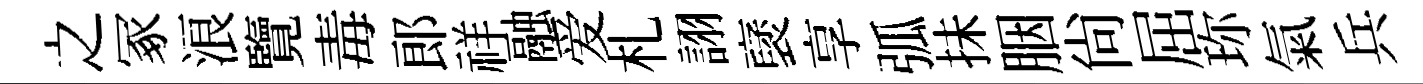
之冢浪覽毒郎祥融爱札詡裦享弧抺胭尙屈珎氣兵